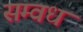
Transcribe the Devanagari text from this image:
सम्वध